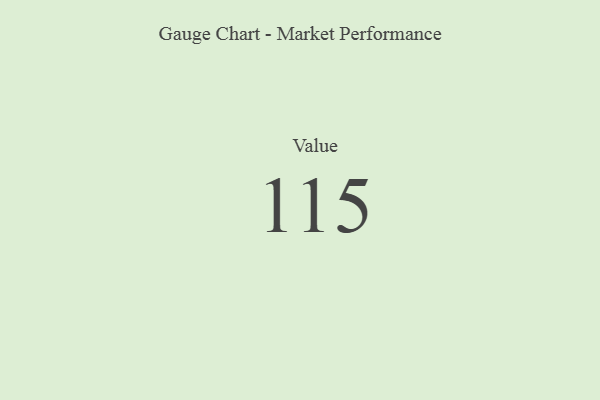
{"axis": {"x": "Metric", "y": "Value"}, "legend": [""], "data": [{"x": "Value", "y": 115, "type": ""}]}